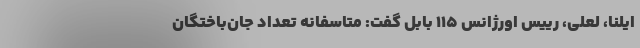
ایلنا، لعلی، رییس اورژانس ۱۱۵ بابل گفت: متاسفانه تعداد جان‌باختگان